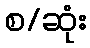
စ/ဆုံး